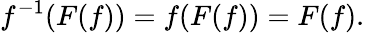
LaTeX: f^{-1}(F(f))=f(F(f))=F(f).